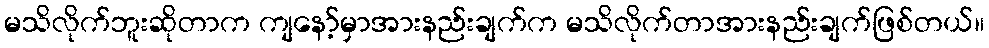
မသိလိုက်ဘူးဆိုတာက ကျနော့်မှာအားနည်းချက်က မသိလိုက်တာအားနည်းချက်ဖြစ်တယ်။